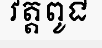
វត្តពូជ